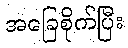
အခြေစိုက်ပြီး